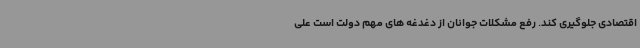
اقتصادی جلوگیری کند. رفع مشکلات جوانان از دغدغه های مهم دولت است علی